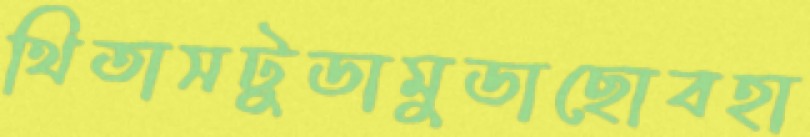
থিতাসটুডামুডাছোবহা